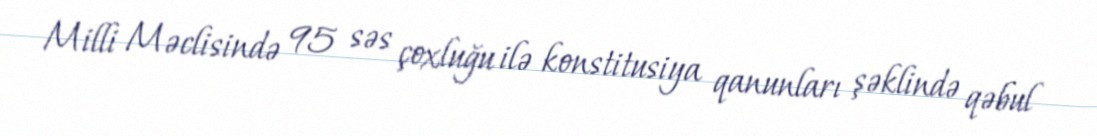
Milli Məclisində 95 səs çoxluğu ilə konstitusiya qanunları şəklində qəbul